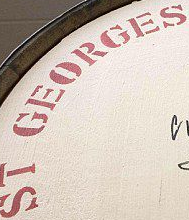
ST GEORGES